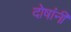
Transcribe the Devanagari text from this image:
दोषांनी